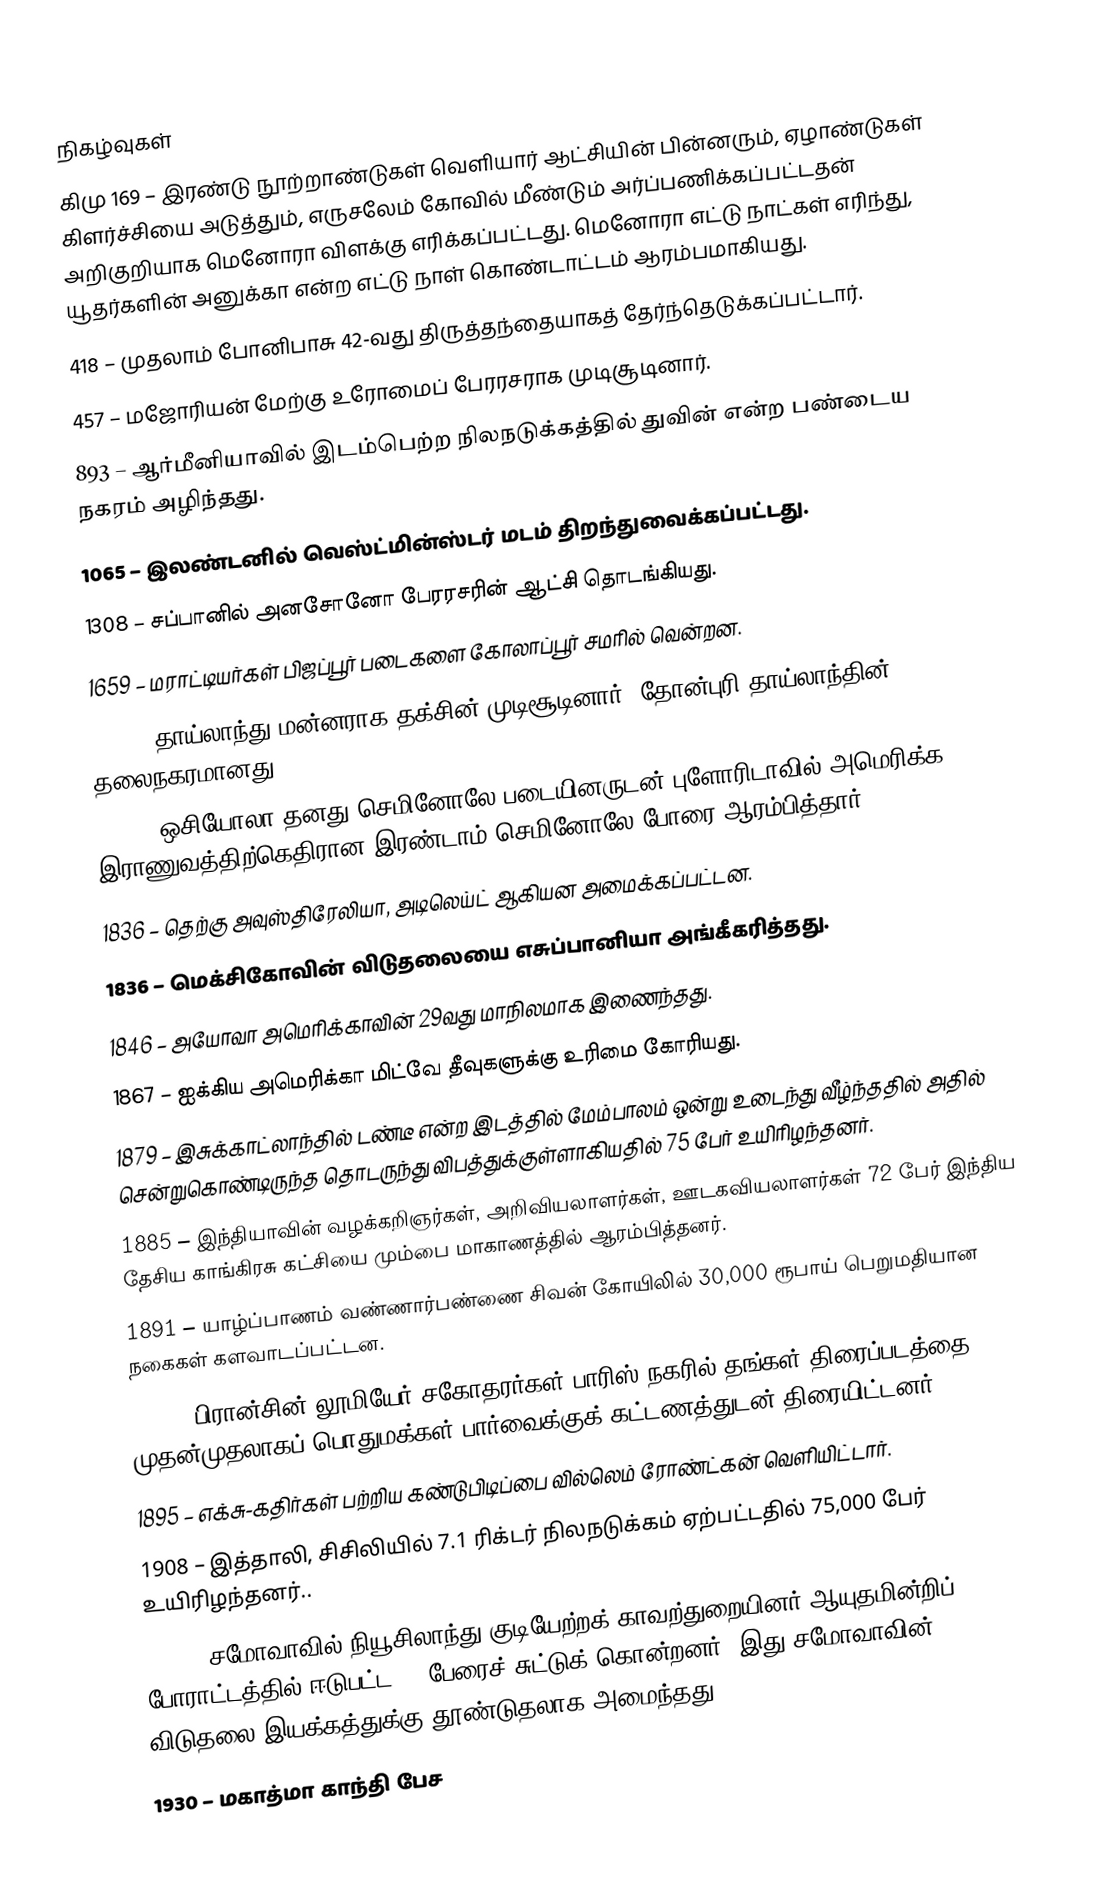

நிகழ்வுகள்
 கிமு 169 – இரண்டு நூற்றாண்டுகள் வெளியார் ஆட்சியின் பின்னரும், ஏழாண்டுகள் கிளர்ச்சியை அடுத்தும், எருசலேம் கோவில் மீண்டும் அர்ப்பணிக்கப்பட்டதன் அறிகுறியாக மெனோரா விளக்கு எரிக்கப்பட்டது. மெனோரா எட்டு நாட்கள் எரிந்து, யூதர்களின் அனுக்கா என்ற எட்டு நாள் கொண்டாட்டம் ஆரம்பமாகியது.
 418 – முதலாம் போனிபாசு 42-வது திருத்தந்தையாகத் தேர்ந்தெடுக்கப்பட்டார்.
 457 – மஜோரியன் மேற்கு உரோமைப் பேரரசராக முடிசூடினார்.
 893 – ஆர்மீனியாவில் இடம்பெற்ற நிலநடுக்கத்தில் துவின் என்ற பண்டைய நகரம் அழிந்தது.
1065 – இலண்டனில் வெஸ்ட்மின்ஸ்டர் மடம் திறந்துவைக்கப்பட்டது.
1308 – சப்பானில் அனசோனோ பேரரசரின் ஆட்சி தொடங்கியது.
1659 – மராட்டியர்கள் பிஜப்பூர் படைகளை கோலாப்பூர் சமரில் வென்றன.
1768 – தாய்லாந்து மன்னராக தக்சின் முடிசூடினார். தோன்புரி தாய்லாந்தின் தலைநகரமானது.
1835 – ஒசியோலா தனது செமினோலே படையினருடன் புளோரிடாவில் அமெரிக்க இராணுவத்திற்கெதிரான இரண்டாம் செமினோலே போரை ஆரம்பித்தார்.
1836 – தெற்கு அவுஸ்திரேலியா, அடிலெய்ட் ஆகியன அமைக்கப்பட்டன.
1836 – மெக்சிகோவின் விடுதலையை எசுப்பானியா அங்கீகரித்தது.
1846 – அயோவா அமெரிக்காவின் 29வது மாநிலமாக இணைந்தது.
1867 – ஐக்கிய அமெரிக்கா மிட்வே தீவுகளுக்கு உரிமை கோரியது.
1879 – இசுக்காட்லாந்தில் டண்டீ என்ற இடத்தில் மேம்பாலம் ஒன்று உடைந்து வீழ்ந்ததில் அதில் சென்றுகொண்டிருந்த தொடருந்து விபத்துக்குள்ளாகியதில் 75 பேர் உயிரிழந்தனர்.
1885 – இந்தியாவின் வழக்கறிஞர்கள், அறிவியலாளர்கள், ஊடகவியலாளர்கள் 72 பேர் இந்திய தேசிய காங்கிரசு கட்சியை மும்பை மாகாணத்தில் ஆரம்பித்தனர்.
1891 – யாழ்ப்பாணம் வண்ணார்பண்ணை சிவன் கோயிலில் 30,000 ரூபாய் பெறுமதியான நகைகள் களவாடப்பட்டன.
1895 – பிரான்சின் லூமியேர் சகோதரர்கள் பாரிஸ் நகரில் தங்கள் திரைப்படத்தை முதன்முதலாகப் பொதுமக்கள் பார்வைக்குக் கட்டணத்துடன் திரையிட்டனர்.
1895 – எக்சு-கதிர்கள் பற்றிய கண்டுபிடிப்பை வில்லெம் ரோண்ட்கன் வெளியிட்டார்.
1908 – இத்தாலி, சிசிலியில் 7.1 ரிக்டர் நிலநடுக்கம் ஏற்பட்டதில் 75,000 பேர் உயிரிழந்தனர்..
1929 – சமோவாவில் நியூசிலாந்து குடியேற்றக் காவற்துறையினர் ஆயுதமின்றிப் போராட்டத்தில் ஈடுபட்ட 11 பேரைச் சுட்டுக் கொன்றனர். இது சமோவாவின் விடுதலை இயக்கத்துக்கு தூண்டுதலாக அமைந்தது.
1930 – மகாத்மா காந்தி பேச